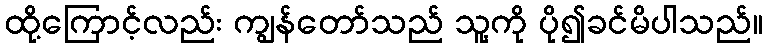
ထို့ကြောင့်လည်း ကျွန်တော်သည် သူ့ကို ပို၍ခင်မိပါသည်။